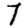
Digit: 7